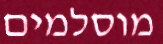
מוסלמים